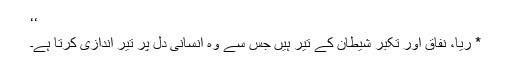
‘‘
* ریا، نفاق اور تکبر شیطان کے تیر ہیں جس سے وہ انسانی دل پر تیر اندازی کرتا ہے۔